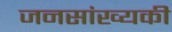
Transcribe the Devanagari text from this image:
जनसांख्यकी